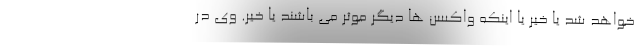
خواهد شد یا خیر یا اینکه واکسن ها دیگر موثر می باشند یا خیر. وی در